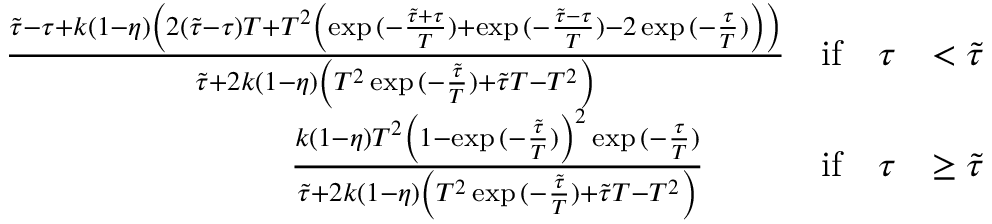
\begin{array} { r l r l } & { \frac { \tilde { \tau } - \tau + k ( 1 - \eta ) \left( 2 ( \tilde { \tau } - \tau ) T + T ^ { 2 } \left( \exp { ( - \frac { \tilde { \tau } + \tau } { T } ) } + \exp { ( - \frac { \tilde { \tau } - \tau } { T } ) } - 2 \exp { ( - \frac { \tau } { T } ) } \right) \right) } { \tilde { \tau } + 2 k ( 1 - \eta ) \left( T ^ { 2 } \exp { ( - \frac { \tilde { \tau } } { T } ) } + \tilde { \tau } T - T ^ { 2 } \right) } } & { \mathrm { i f } \quad \tau } & { < \tilde { \tau } } \\ & { \quad \quad \quad \quad \quad \quad \quad \quad \frac { k ( 1 - \eta ) T ^ { 2 } \left( 1 - \exp { ( - \frac { \tilde { \tau } } { T } ) } \right) ^ { 2 } \exp { ( - \frac { \tau } { T } ) } } { \tilde { \tau } + 2 k ( 1 - \eta ) \left( T ^ { 2 } \exp { ( - \frac { \tilde { \tau } } { T } ) } + \tilde { \tau } T - T ^ { 2 } \right) } } & { \mathrm { i f } \quad \tau } & { \geq \tilde { \tau } } \end{array}